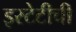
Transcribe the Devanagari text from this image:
इस्टेटीची